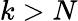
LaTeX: k>N